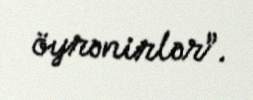
öyrənirlər”.